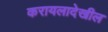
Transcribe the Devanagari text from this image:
करायलादेखील